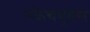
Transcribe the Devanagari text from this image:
स्केचबुक्स